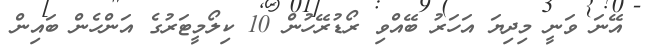
އޭނަ ވަނީ މިދިޔަ އަހަރު ބޭއްވި ރޯޑުރޭހުން 10 ކިލޯމީޓަރުގެ އަންހެން ބައިން